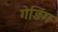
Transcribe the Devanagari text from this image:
गेडिंग